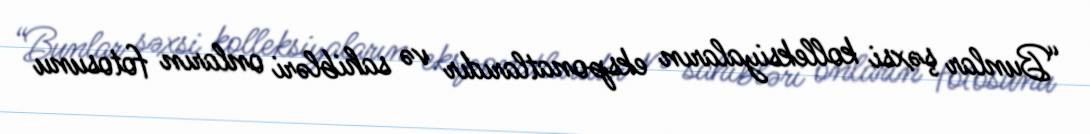
“Bunlar şəxsi kolleksiyaların eksponatlarıdır və sahibləri onların fotosunu